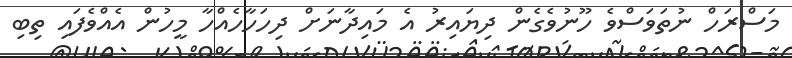
މަސްރަހް ނުތަވަސްވެ ހޫނުވެގެން ދިޔައިރު އެ މައިދާނަށް ދިހަހާހެއްހާ މީހުން އެއްވެފައި ތިބި